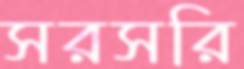
সরসরি